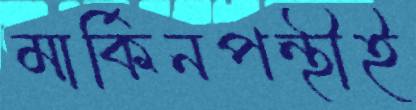
মার্কিনপন্থীই